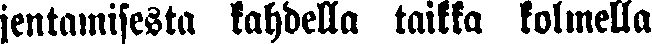
jentamisesta kahdella taikka kolmella